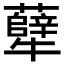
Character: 𪺶